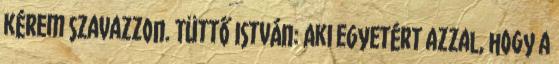
kérem szavazzon. Tüttő István: Aki egyetért azzal, hogy a